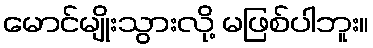
မောင်မျိုးသွားလို့ မဖြစ်ပါဘူး။